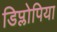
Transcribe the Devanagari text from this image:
डिप्लोपिया